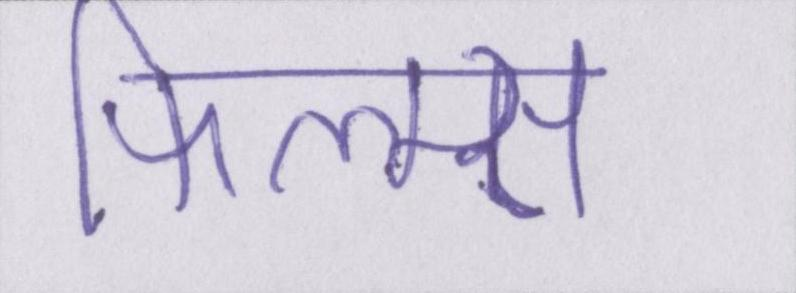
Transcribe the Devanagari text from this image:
फिल्म्स